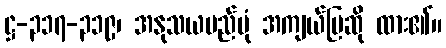
ဋ္ဌ-၃၁၇-၃၁၉၊ အနုသယမည်ပုံ အကျယ်ပြဆို ထား၏။